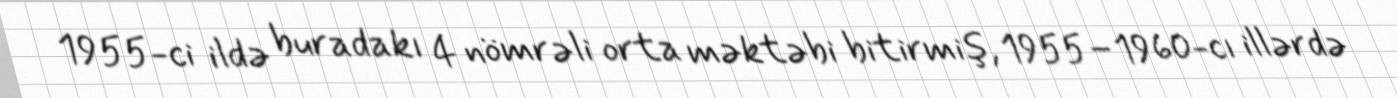
1955-ci ildə buradakı 4 nömrəli orta məktəbi bitirmiş, 1955–1960-cı illərdə